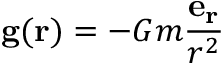
\mathbf { g } ( \mathbf { r } ) = - G m { \frac { \mathbf { e _ { r } } } { r ^ { 2 } } }